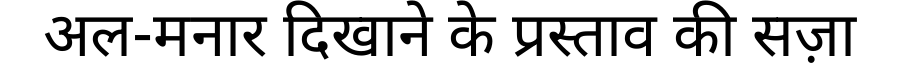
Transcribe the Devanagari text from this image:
अल-मनार दिखाने के प्रस्ताव की सज़ा